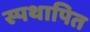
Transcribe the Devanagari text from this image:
स्पथापित